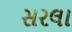
સરલા